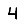
Digit: 4